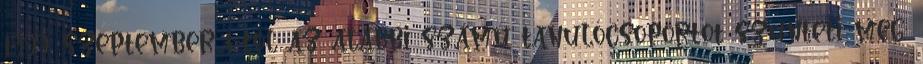
1999. szeptember 1-től az alábbi számú tanulócsoportot szünteti meg: